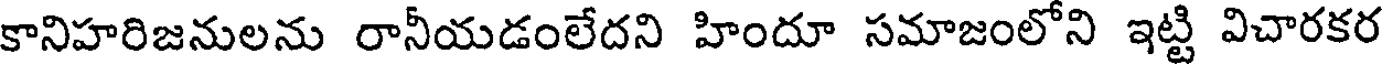
కానిహరిజనులను రానీయడంలేదని హిందూ సమాజంలోని ఇట్టి విచారకర